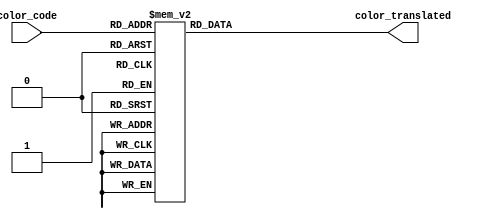
`timescale 1ns / 1ps
module color_palette(input [2:0] color_code,
					output reg [23:0] color_translated);

// translates the 3 bit color code to a 24 bit color based on hardcoded values
always @(color_code) begin
	case (color_code)
		0: color_translated = 24'h000000;
		1: color_translated = 24'hFF0000;
		2: color_translated = 24'hFF8000;
		3: color_translated = 24'hFFFF00;
		4: color_translated = 24'h00FF00;
		5: color_translated = 24'h0000FF;
		6: color_translated = 24'h7F00FF;
		7: color_translated = 24'hFFFFFF;
		default: color_translated = 24'h000000;
	endcase
end

endmodule